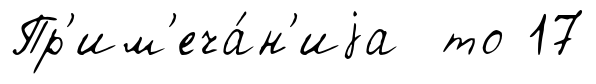
Пр'им'еча́н'иjа то 17